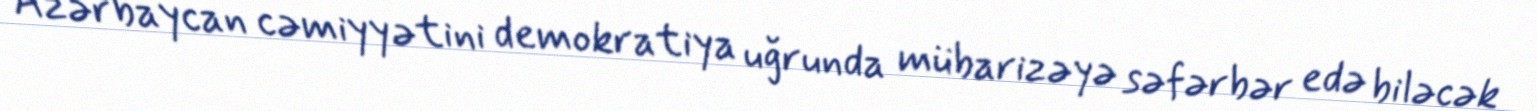
Azərbaycan cəmiyyətini demokratiya uğrunda mübarizəyə səfərbər edə biləcək